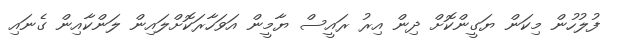
ފުލުހުން މިކަން ޔަގީންކޮށް ދިން އިރު ރައީސް ޔާމީން އަވަހާރަކޮށްލައިން ލަންކާއިން ގެނައި